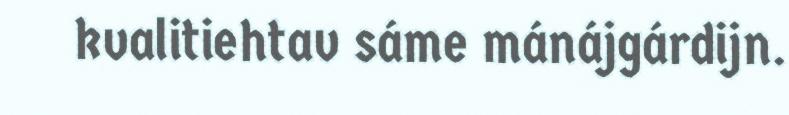
kvalitiehtav sáme mánájgárdijn.